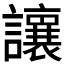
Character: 𫟝